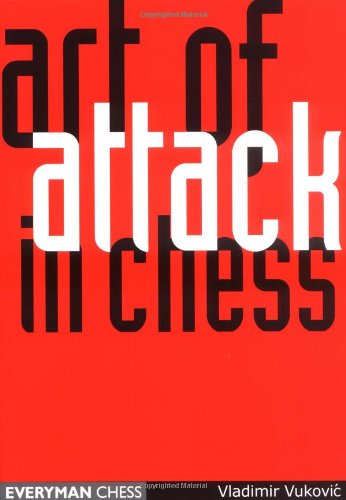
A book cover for Art of Attack in Chess; Ladimir Vukovic; Humor & Entertainment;